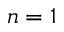
n = 1